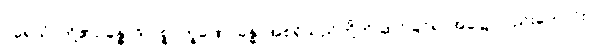
ပရေသံ၊ တို့၏။ ခန္ဓာဒိ ပစ္စဝက္ခဏေ၊ ခန္ဓာအစရှိသည်တို့ကို ဆင်ခြင်ရာအခါ၌ လည်းကောင်း။